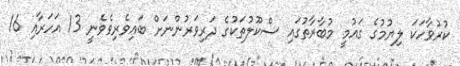
ކުރުވާހަކަ ލިޔުމުގެ ގައުމީ މުބާރާތުގައި ސްކޫލުތަކުގެ ދަރިވަރުންނަށް ބައިވެރިވެވެނީ 13 އަހަރާއި 16